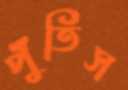
পুঁতিস